Code of medical and sanitary regulations for the guidance of medical officers serving in the Madras Presidency - Volume II
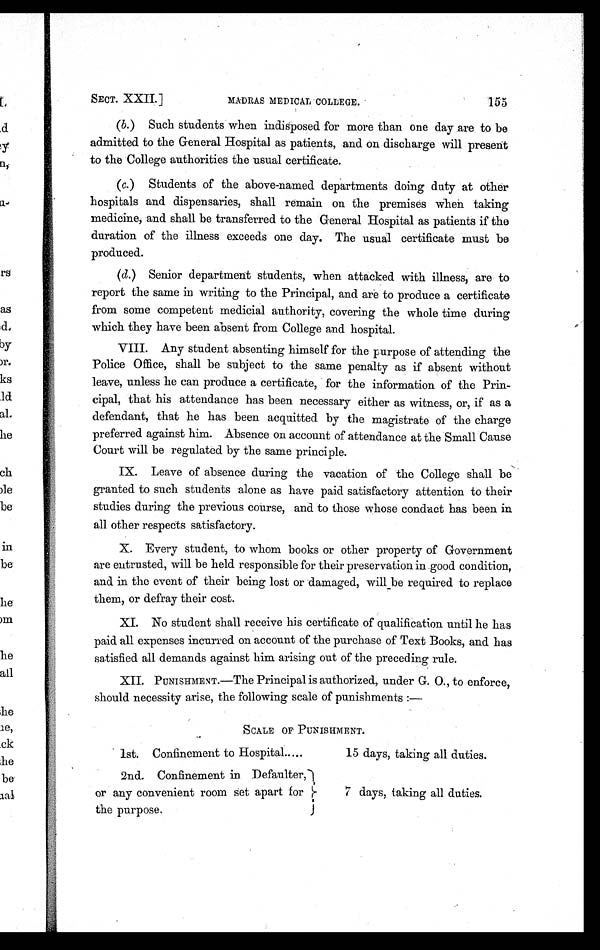
SECT. XXII.]
MADRAS MEDICAL COLLEGE.
155
15 days, taking all duties.
7 days, t aki ng al l dut i es.
(b.) Such students when indisposed for more than one day are to be
admitted to the General Hospital as patients, and on discharge will present
to the College authorities the usual certificate.
(c.) Students of the above-named departments doing duty at other
hospitals and dispensaries, shall remain on the premises when taking
medicine, and shall be transferred to the General Hospital as patients if the
duration of the illness exceeds one day. The usual certificate must be
produced.
(d.) Senior department students, when attacked with illness, are to
report the same in writing to the Principal, and are to produce a certificate
from some competent medicial authority, covering the whole time during
which they have been absent from College and hospital.
VIII. Any student absenting himself for the purpose of attending the
Police Office, shall be subject to the same penalty as if absent without
leave, unless he can produce a certificate, for the information of the Prin-
cipal, that his attendance has been necessary either as witness, or, if as a
defendant, that he has been acquitted by the magistrate of the charge
preferred against him. Absence on account of attendance at the Small Cause
Court will be regulated by the same principle.
IX. Leave of absence during the vacation of the College shall be
granted to such students alone as have paid satisfactory attention to their
studies during the previous course, and to those whose conduct has been in
all other respects satisfactory.
X. Every student, to whom books or other property of Government
are entrusted, will be held responsible for their preservation in good condition,
and in the event of their being lost or damaged, will be required to replace
them, or defray their cost.
XI. No student shall receive his certificate of qualification until he has
paid all expenses incurred on account of the purchase of Text Books, and has
satisfied all demands against him arising out of the preceding rule.
XII. PUNISHMENT.—The Principal is authorized, under G. O., to enforce,
should necessity arise, the following scale of punishments:—
SCALE OF PUNISHMENT.
1st. Confinement to Hospital.....
2nd. Confinement in Defaulter,
or any convenient room set apart for
the purpose.